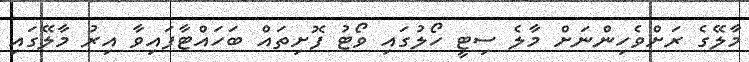
މާލޭގެ ރަށްވެހިންނަށް މާލެ ސިޓީ ހޯލުގައި ވޯޓު ފޮށިތައް ބަހައްޓާފައިވާ އިރު މާލޭގައި